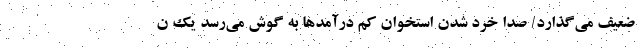
ضعیف می‌گذارد/ صدا خُرد شدن استخوان کم درآمدها به گوش می‌رسد یک ن